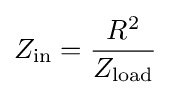
Z_{\text{in}}={\frac {R^{2}}{Z_{\text{load}}}}